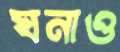
ঘনাও